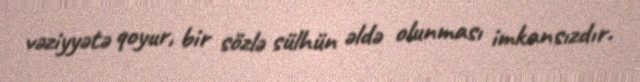
vəziyyətə qoyur, bir sözlə sülhün əldə olunması imkansızdır.